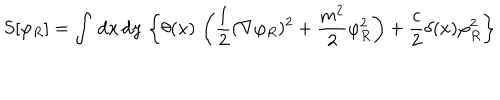
LaTeX: S [ \varphi _ { R } ] = \int \, { \mathrm { d } } x \, { \mathrm { d } } y \, \left\{ \theta ( x ) \, \left( \frac { 1 } { 2 } ( \nabla \varphi _ { R } ) ^ { 2 } + \frac { m ^ { 2 } } { 2 } \varphi _ { R } ^ { 2 } \right) + \frac { c } { 2 } \delta ( x ) \varphi _ { R } ^ { 2 } \right\}